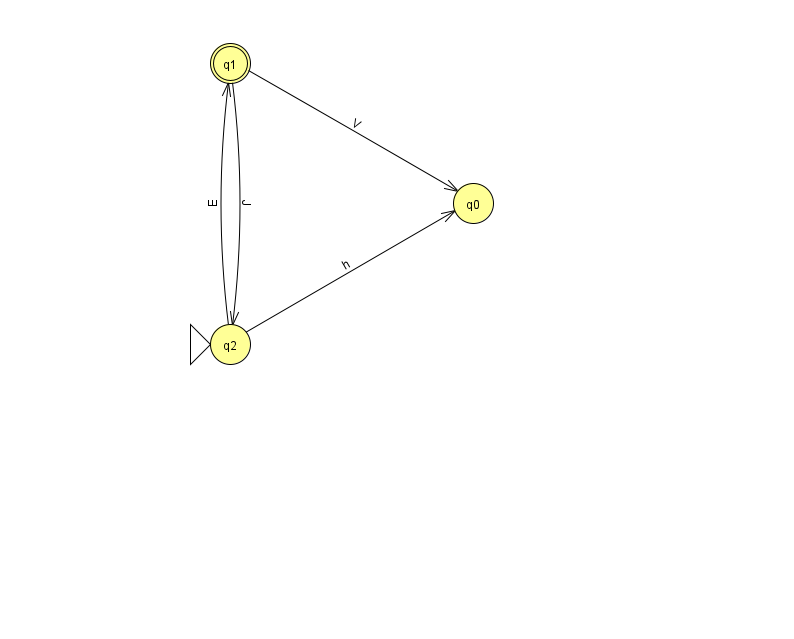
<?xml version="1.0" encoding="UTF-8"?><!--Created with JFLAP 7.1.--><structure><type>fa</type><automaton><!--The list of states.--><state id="0" name="q0"><x>473.0</x><y>190.0</y></state><state id="1" name="q1"><x>230.0</x><y>50.0</y><final/></state><state id="2" name="q2"><x>230.0</x><y>331.0</y><initial/></state><!--The list of transitions.--><transition><from>1</from><to>0</to><read>V</read></transition><transition><from>1</from><to>2</to><read>J</read></transition><transition><from>2</from><to>0</to><read>h</read></transition><transition><from>2</from><to>1</to><read>E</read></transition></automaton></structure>